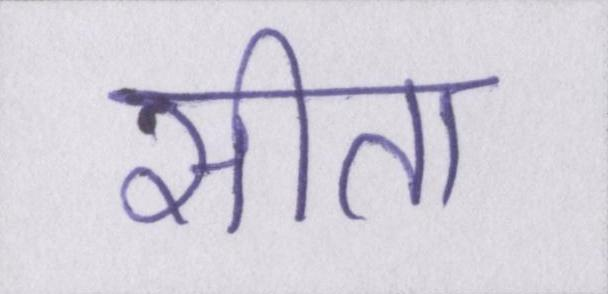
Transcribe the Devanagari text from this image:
सीता